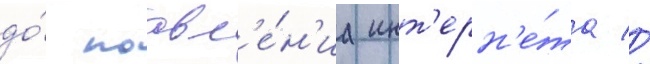
до́ поавл'е́н'иа инт'ерн'е́та //